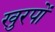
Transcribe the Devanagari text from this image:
खुरपों